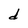
Character: d